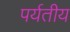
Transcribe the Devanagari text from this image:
पर्यतीय